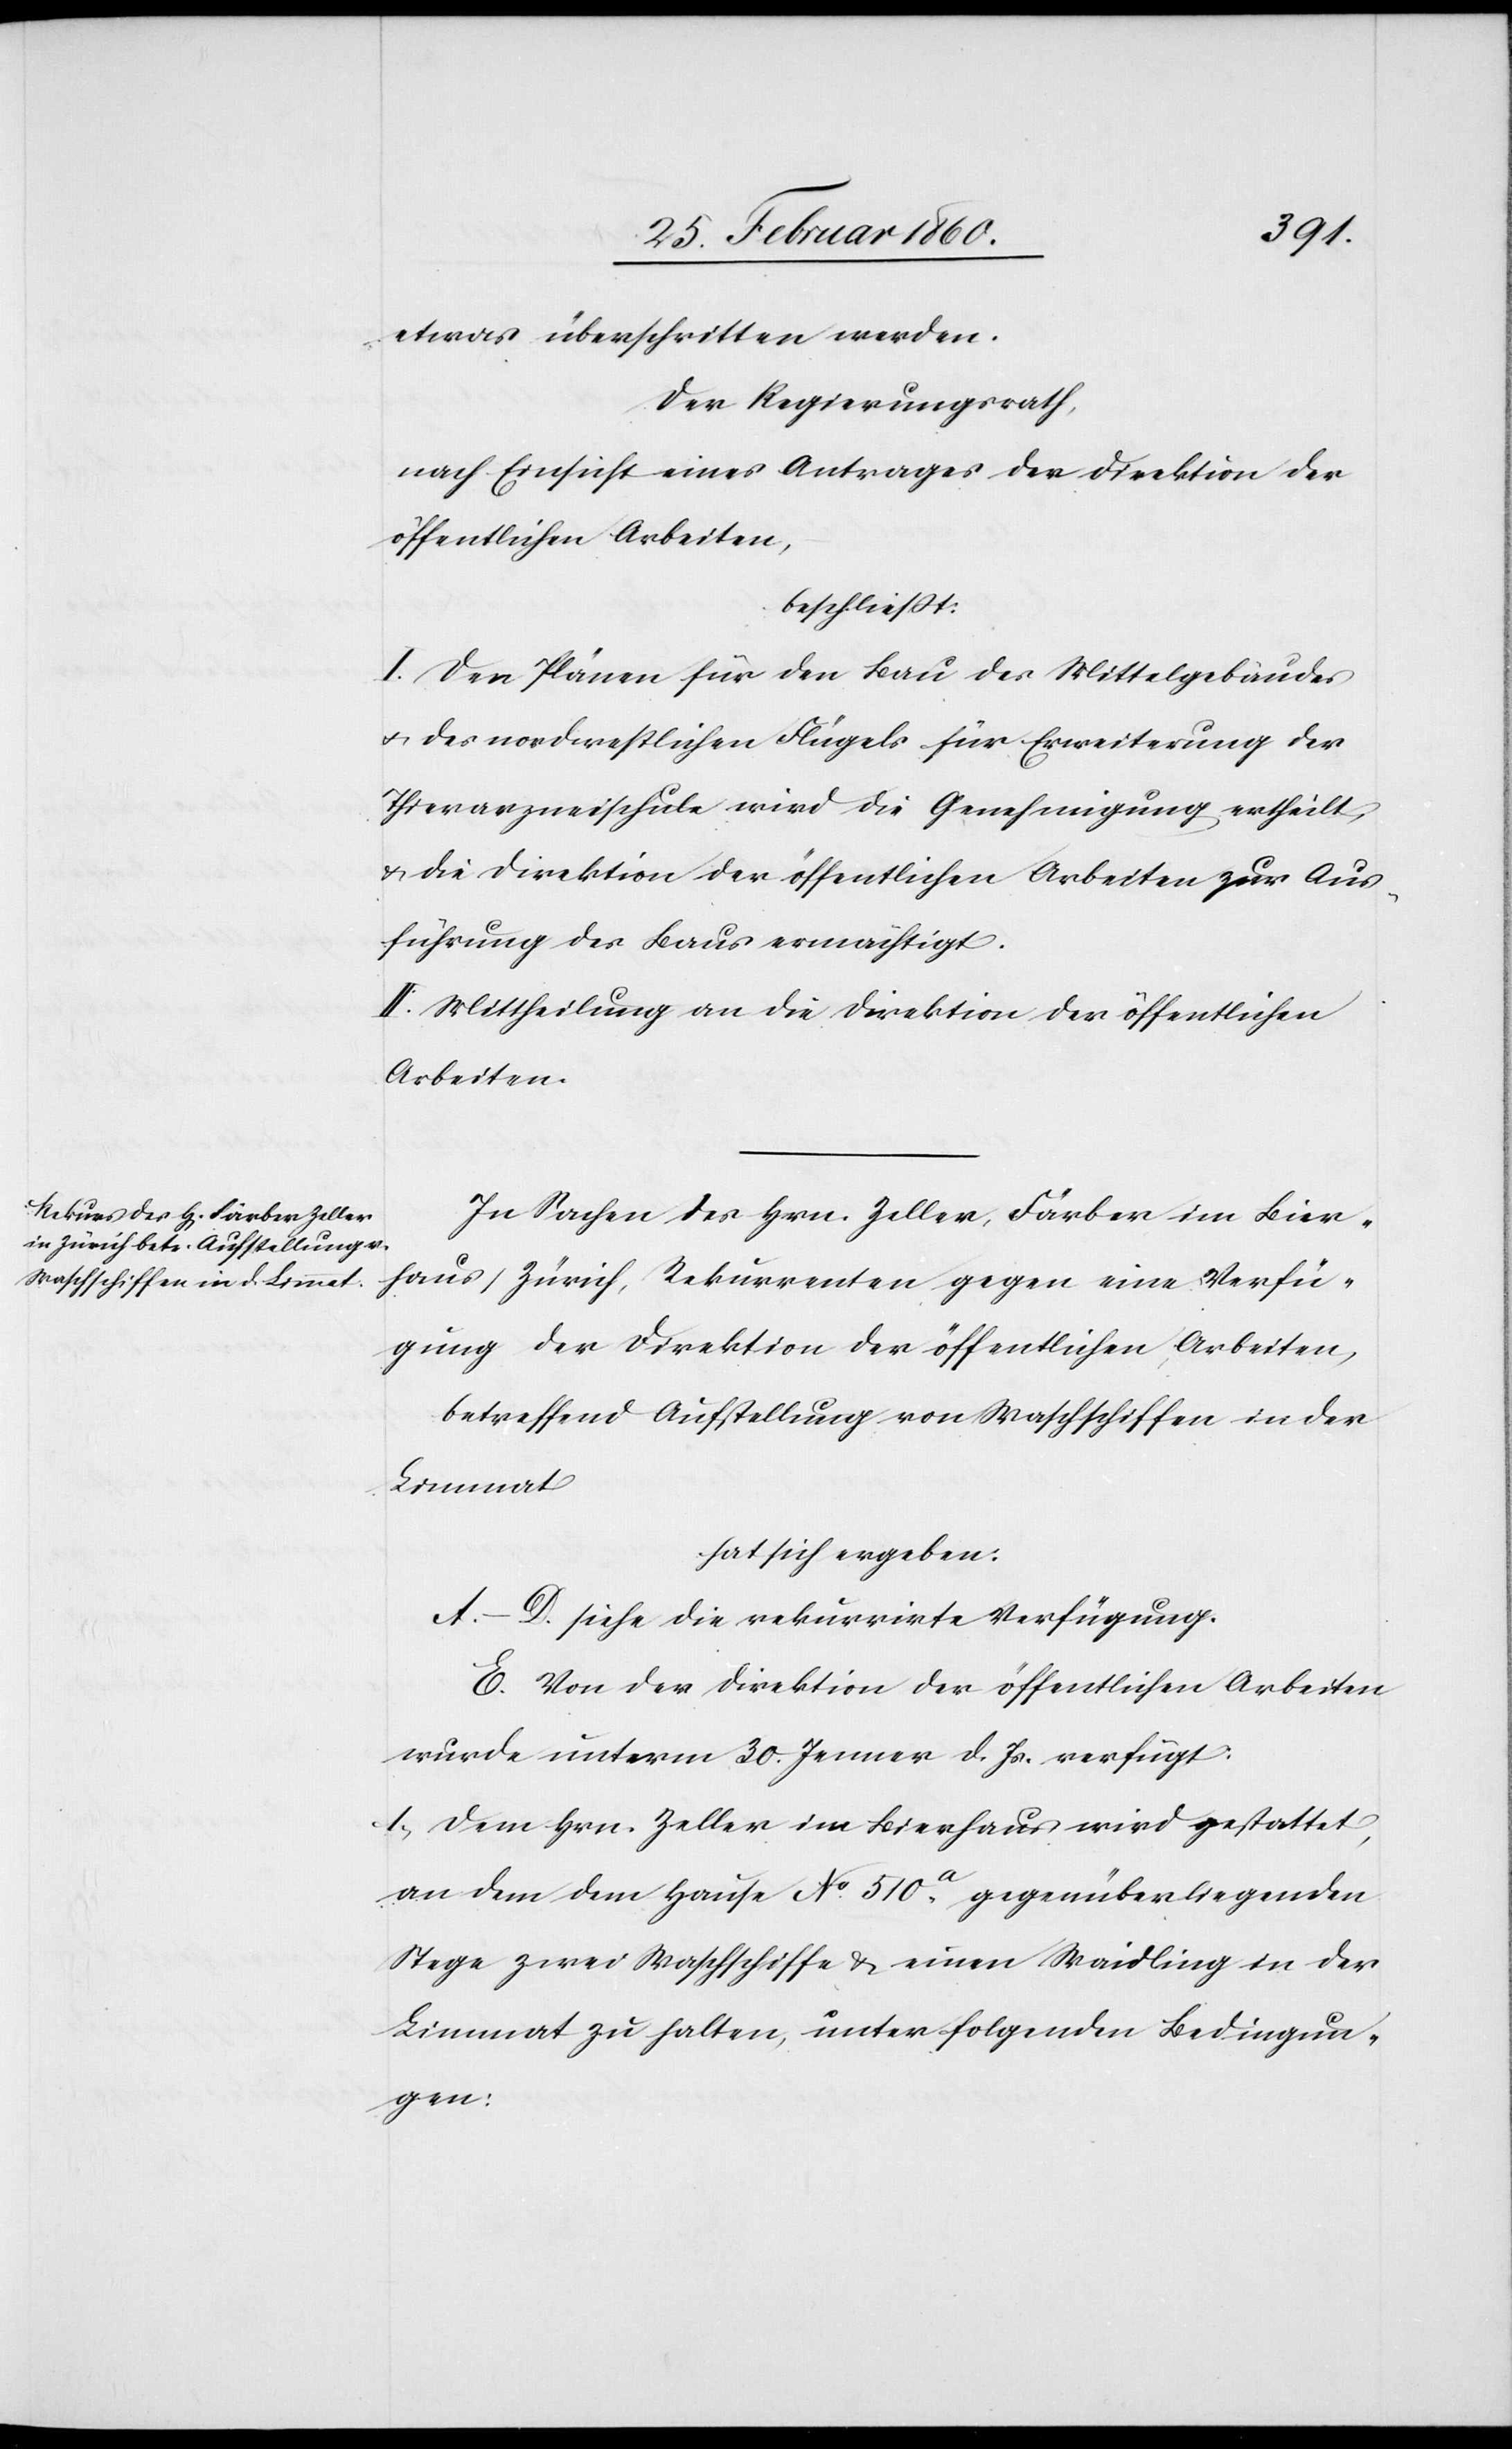
etwas überschritten werden.
Der Regierungsrath,
nach Einsicht eines Antrages der Direktion der
öffentlichen Arbeiten,
beschliesst:
I. Den Plänen für den Bau des Mittelgebäudes
u. des nordwestlichen Flügels für Erweiterung der
Thierarzneyschule wird die Genehmigung ertheilt
u. die Direktion der öffentlichen Arbeiten zur Aus¬
führung des Baus ermächtigt.
II. Mittheilung an die Direktion der öffentlichen
Arbeiten.
In Sachen des Hrn. Zeller, Färber im Bier¬
haus, Zürich, Rekurrenten gegen eine Verfü¬
gung der Direktion der öffentlichen Arbeiten,
betreffend Aufstellung von Waschschiffen in der
Limmat
hat sich ergeben:
A.–D. siehe die rekurrirte Verfügung.
E. Von der Direktion der öffentlichen Arbeiten
wurde unterm 30. Jenner d. Js. verfügt:
1. Dem Hrn. Zeller im Bierhaus wird gestattet,
an dem dem Hause No 510a gegenüber liegenden
Stege zwei Waschschiffe u. einen Waidling in der
Limmat zu halten, unter folgenden Bedingun¬
gen: